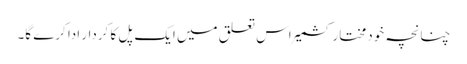
چنانچہ خودمختار کشمیر اس تعلق میں ایک پل کا کردار ادا کرے گا۔